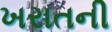
ખરાતની